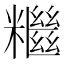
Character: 𥽖